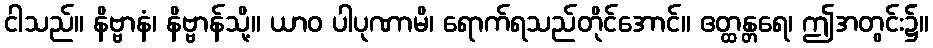
ငါသည်။ နိဗ္ဗာနံ၊ နိဗ္ဗာန်သို့။ ယာဝ ပါပုဏာမိ၊ ရောက်ရသည်တိုင်အောင်။ ဧတ္ထန္တရေ၊ ဤအတွင်း၌။